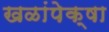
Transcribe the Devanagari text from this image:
खळांपेक्षा